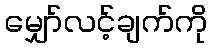
မျှော်လင့်ချက်ကို